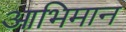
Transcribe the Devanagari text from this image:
आभिमान